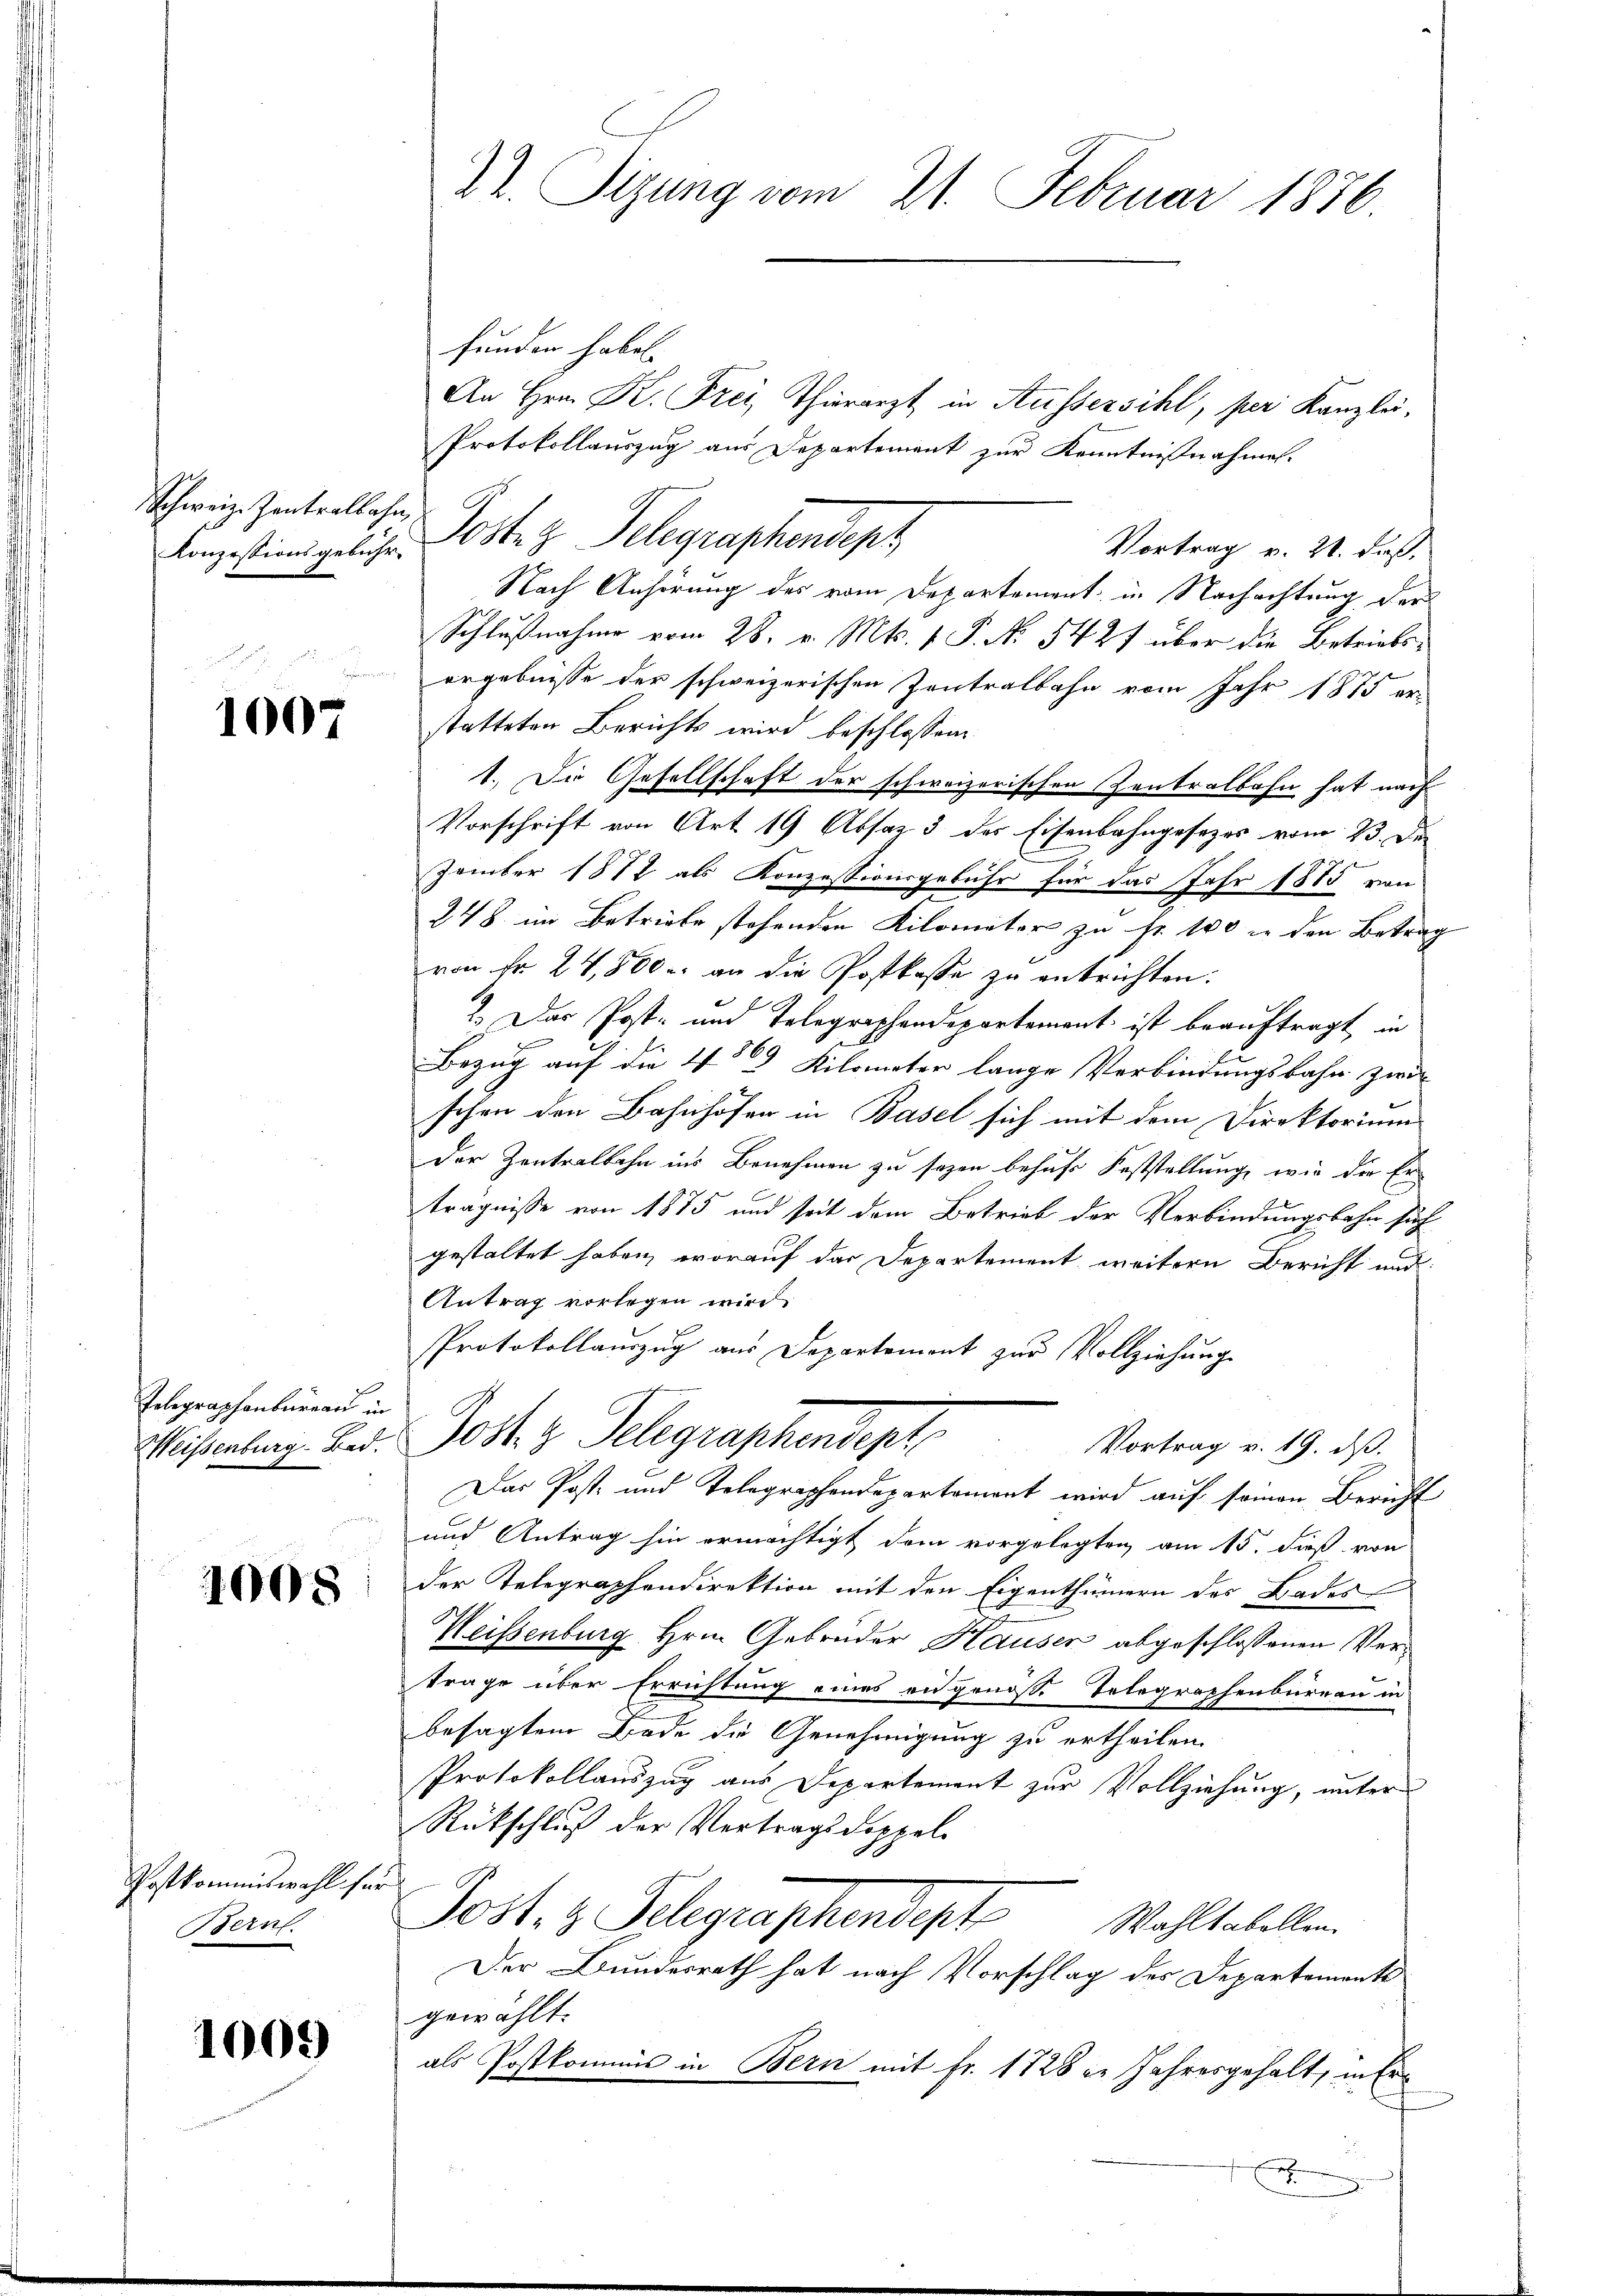
Schweiz. Zentralbahn,

1007

Telegraphenburgau in

1008

Postkommiswahl se
Bern.

1005)

12. Sizung vom 21. Februar 1876

funden habel.
An Hrn. K. Frei Thierarzt in Aussersihl, per Kanzlei,
Protokollauszug aus Departement zur Kenntnißnahmen.
Vortrag v. 21. dieß.
Nach Anhörung des vom Departement in Nachachtung der
Schlußnahme vom 28. v. Mts. 1 P. No 5427 über die Betriebsergebnisse der schweizerischen Zentralbahn vom Jahr 1875 er
statteten Berichts wird beschlossen.
1.) Die Gesellschaft der schweizerischen Zentralbahn hat nach
Vorschrift von Art. 19 Absaz 3 des Eisenbahngesezes vom 23. De
Zember 1872 als Konzessionsgebühr für das Jahr 1885 von
248 im Betriebe stehenden Kilometer zu Fr. 100 in den Betrag
von Fr. 24,800 r. an die Postkasse zu entrichten:
2. Das Post- und Telegraphendepartement ist beauftragt in
Bezug auf die 4 Kilometer lange Verbindungsbahn zwis
schen den Bahnhöfen in Basel sich mit dem Direktorium
der Zentralbahn ins Benehmen zu sagen behufs Feststellung, wie die Erträgnisse von 1875 und seit dem Betrieb der Verbindungsbahn such
gestaltet haben, worauf das Departement weitern Bericht und
Antrag vorlegen wird
Protokollauszug aus Departement zur Vollziehung
Meisenberg. Bed. Jost z. Telegraphendept
Vortrag v. 19. ds.
Das Post- und Telegraphendepartement wird auf soman Bericht
und Antrag hin ermächtigt dem vorgelegten am 15. dieß von
der Telegraphendirektion mit den Eigenthümern des Bades
Weisenburg Hrn. Gebrüder Hauser abgeschlossenen Verträge über Errichtung eines angenosse Telegraphenbureau in
besagtem Bode die Genehmigung zu ertheilen.
Protokollauszug aus Departement zur Vollziehung, unter
Rückschluß der Vertragsdoppel¬
u
Post. z. Gelegraphendest
Wahltabellen.
Der Bundesrath hat nach Vorschlag des Departements
gewählt:
als Postkommis in Bern mit fr. 1728 in Jahresgehalt, in Erx

Mangestingeliche Koste z. Telegraphendeph